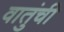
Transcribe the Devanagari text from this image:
वातुंची